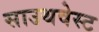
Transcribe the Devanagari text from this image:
साउथवेस्‍ट